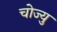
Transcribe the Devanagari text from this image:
चोज्यु